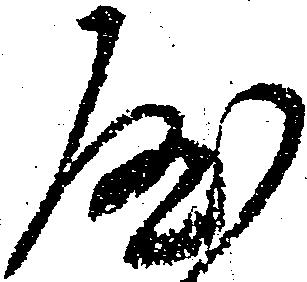
や